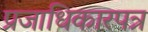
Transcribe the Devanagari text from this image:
प्रजाधिकारपत्र